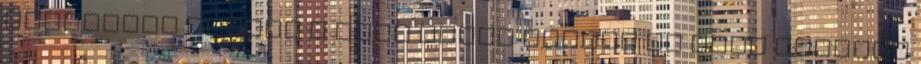
átültetés közben a múlt héten kidőlt és szét kellett